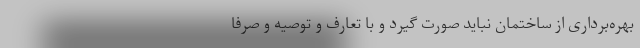
بهره‌برداری از ساختمان نباید صورت گیرد و با تعارف و توصیه و صرفا